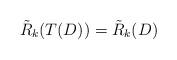
LaTeX: \begin{align*}\tilde{R}_k(T(D))=\tilde{R}_k(D)\end{align*}